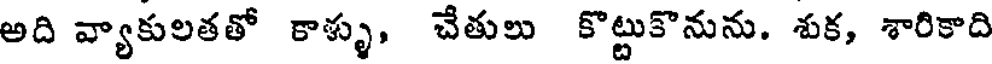
అది వ్యాకులతతో కాళ్ళు, చేతులు కొట్టుకొనును. శుక, శారికాది